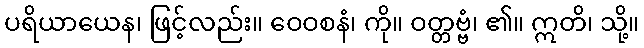
ပရိယာယေန၊ ဖြင့်လည်း။ ဝေဝစနံ၊ ကို။ ဝတ္တဗ္ဗံ၊ ၏။ ဣတိ၊ သို့။